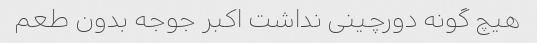
هیچ گونه دورچینی نداشت اکبر جوجه بدون طعم